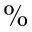
\mathrm { \% }